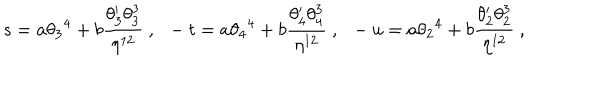
LaTeX: s = a { \theta _ { 3 } } ^ { 4 } + b { \frac { \theta _ { 3 } ^ { \prime } \theta _ { 3 } ^ { 3 } } { \eta ^ { 1 2 } } } \ , \ \ - t = a { \theta _ { 4 } } ^ { 4 } + b { \frac { \theta _ { 4 } ^ { \prime } \theta _ { 4 } ^ { 3 } } { \eta ^ { 1 2 } } } \ , \ \ - u = a { \theta _ { 2 } } ^ { 4 } + b { \frac { \theta _ { 2 } ^ { \prime } \theta _ { 2 } ^ { 3 } } { \eta ^ { 1 2 } } } \ ,